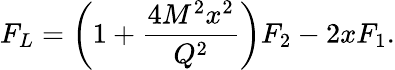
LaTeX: F_{L}=\left(1+\frac{4M^{2}x^{2}}{Q^{2}}\right)F_{2}-2xF_{1}.